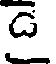
డె